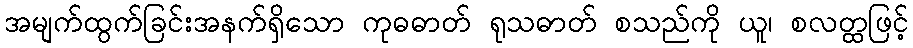
အမျက်ထွက်ခြင်းအနက်ရှိသော ကုဓဓာတ် ရုသဓာတ် စသည်ကို ယူ၊ စလတ္ထဖြင့်